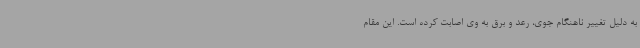
به دلیل تغییر ناهنگام جوی، رعد و برق به وی اصابت کرده است. این مقام